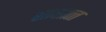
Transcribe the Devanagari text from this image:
साक्षात्‍त